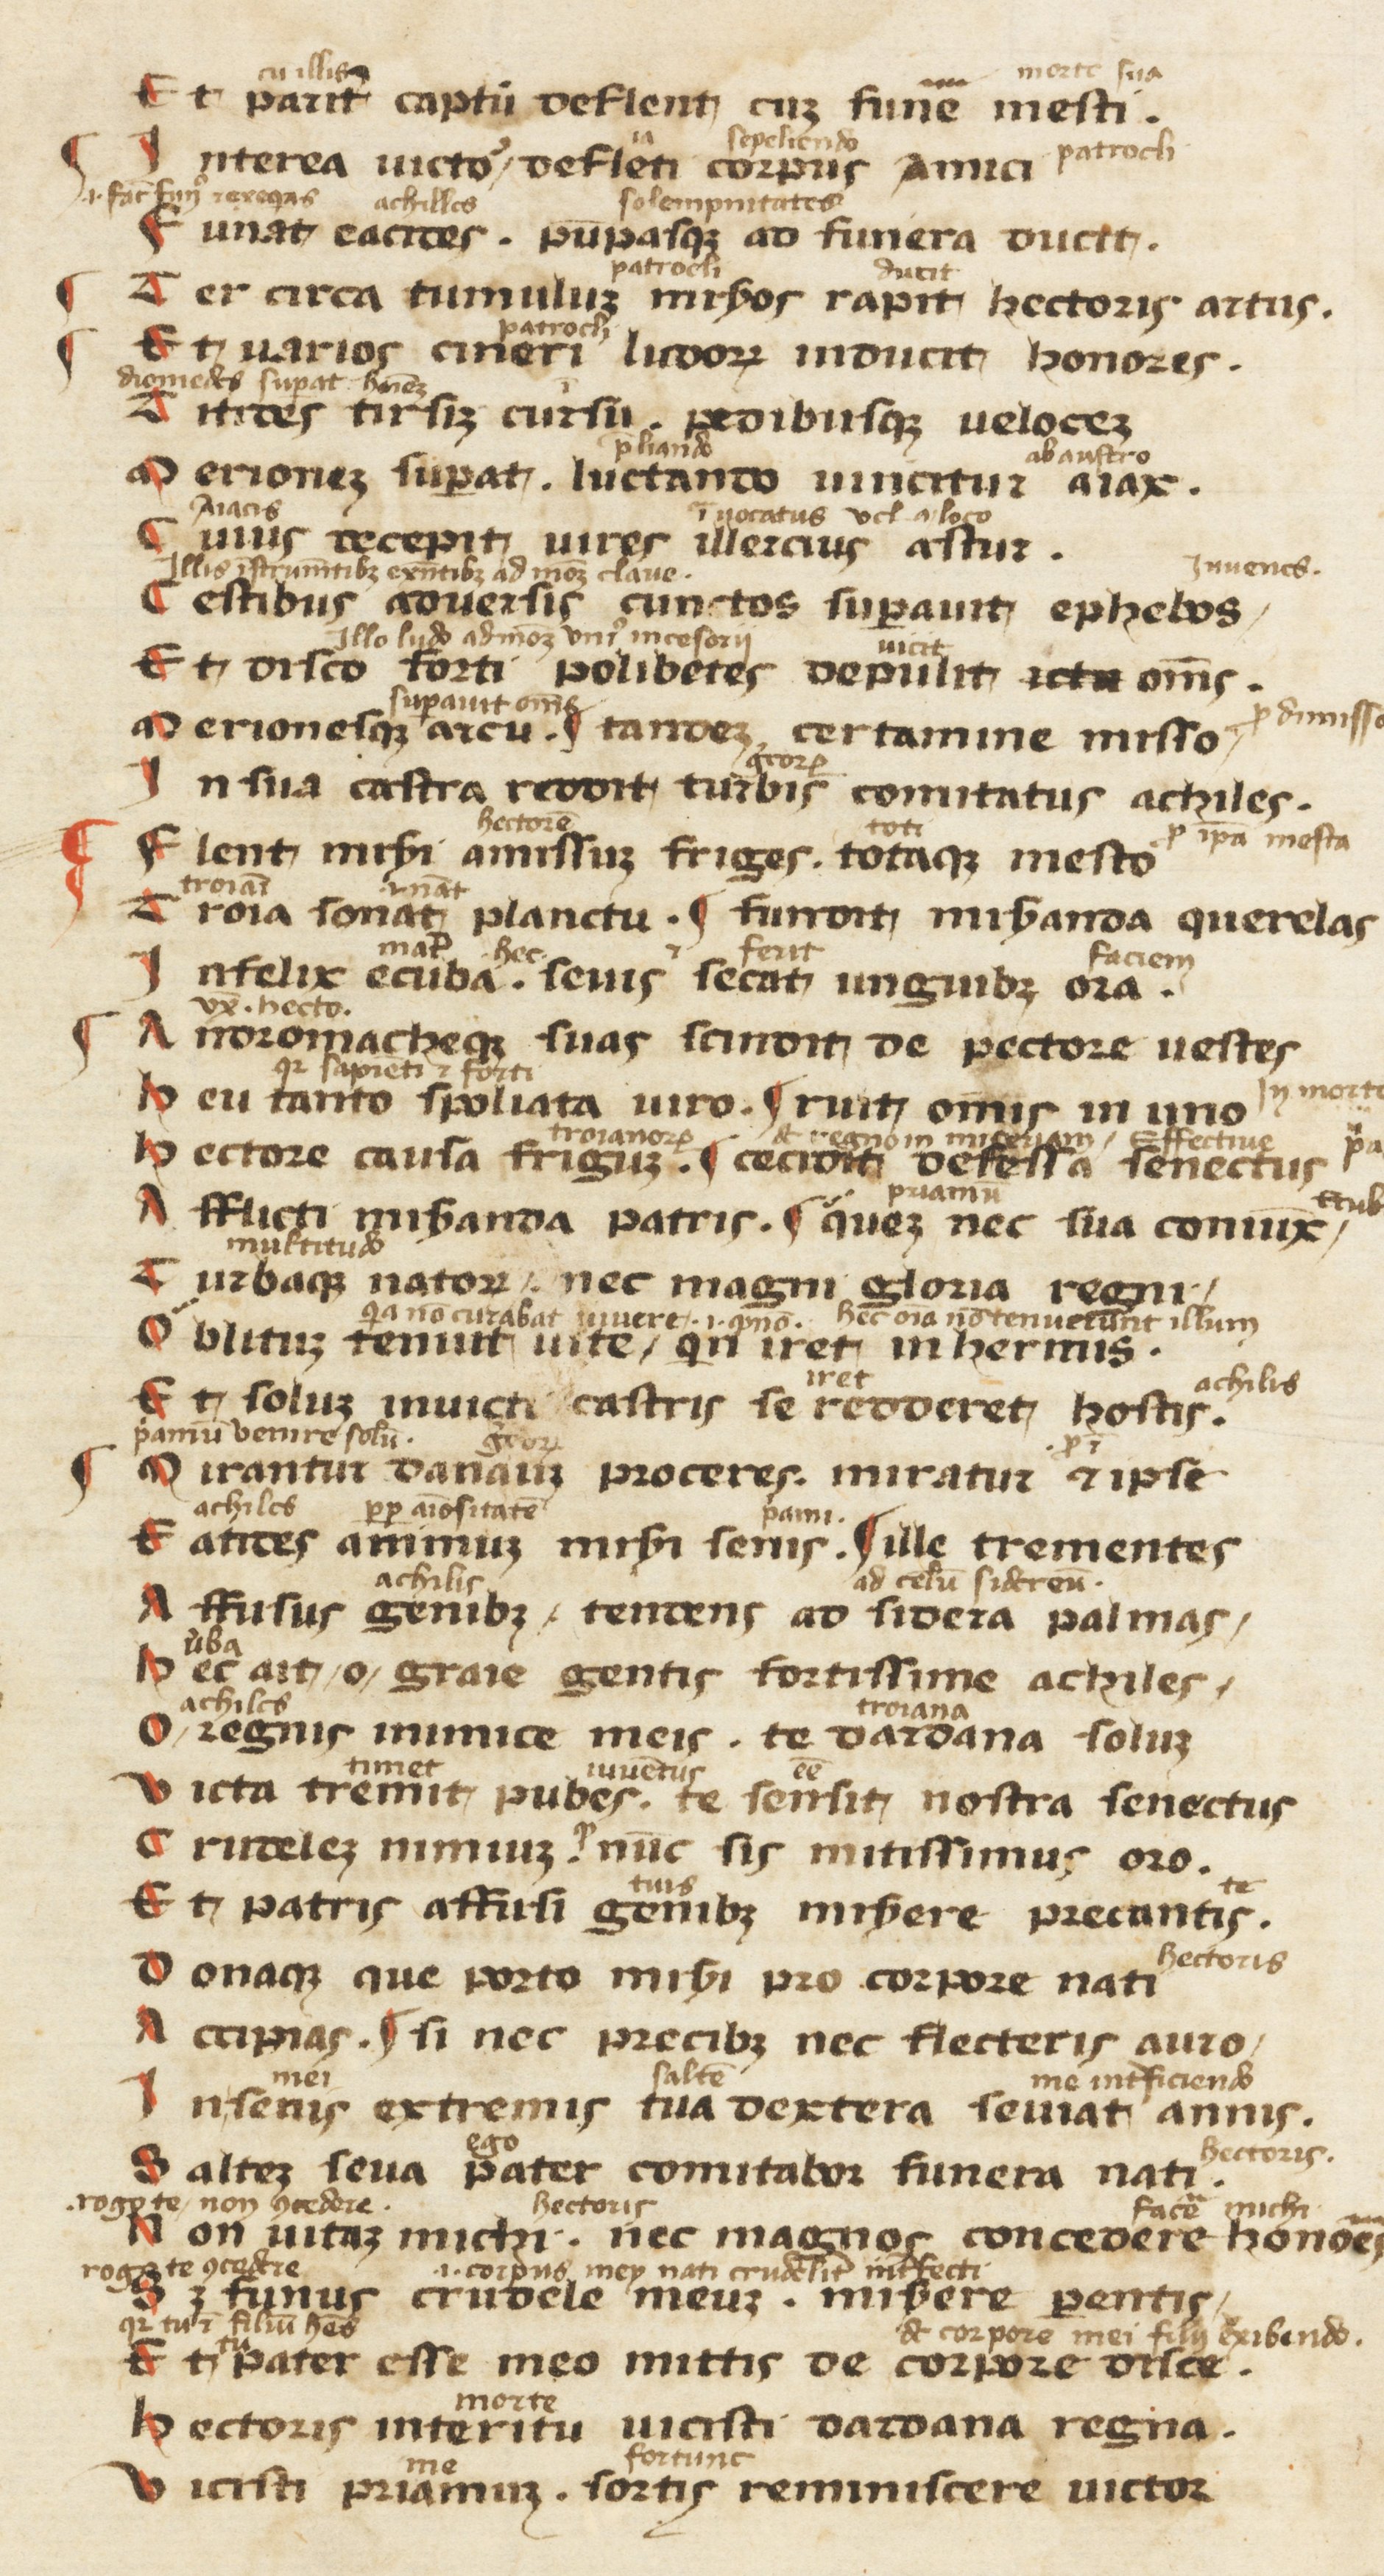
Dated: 1300–1399